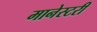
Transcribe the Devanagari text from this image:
मानेस्टरी